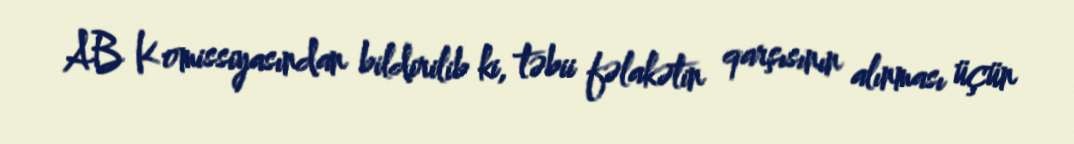
AB Komissiyasından bildirilib ki, təbii fəlakətin qarşısının alınması üçün